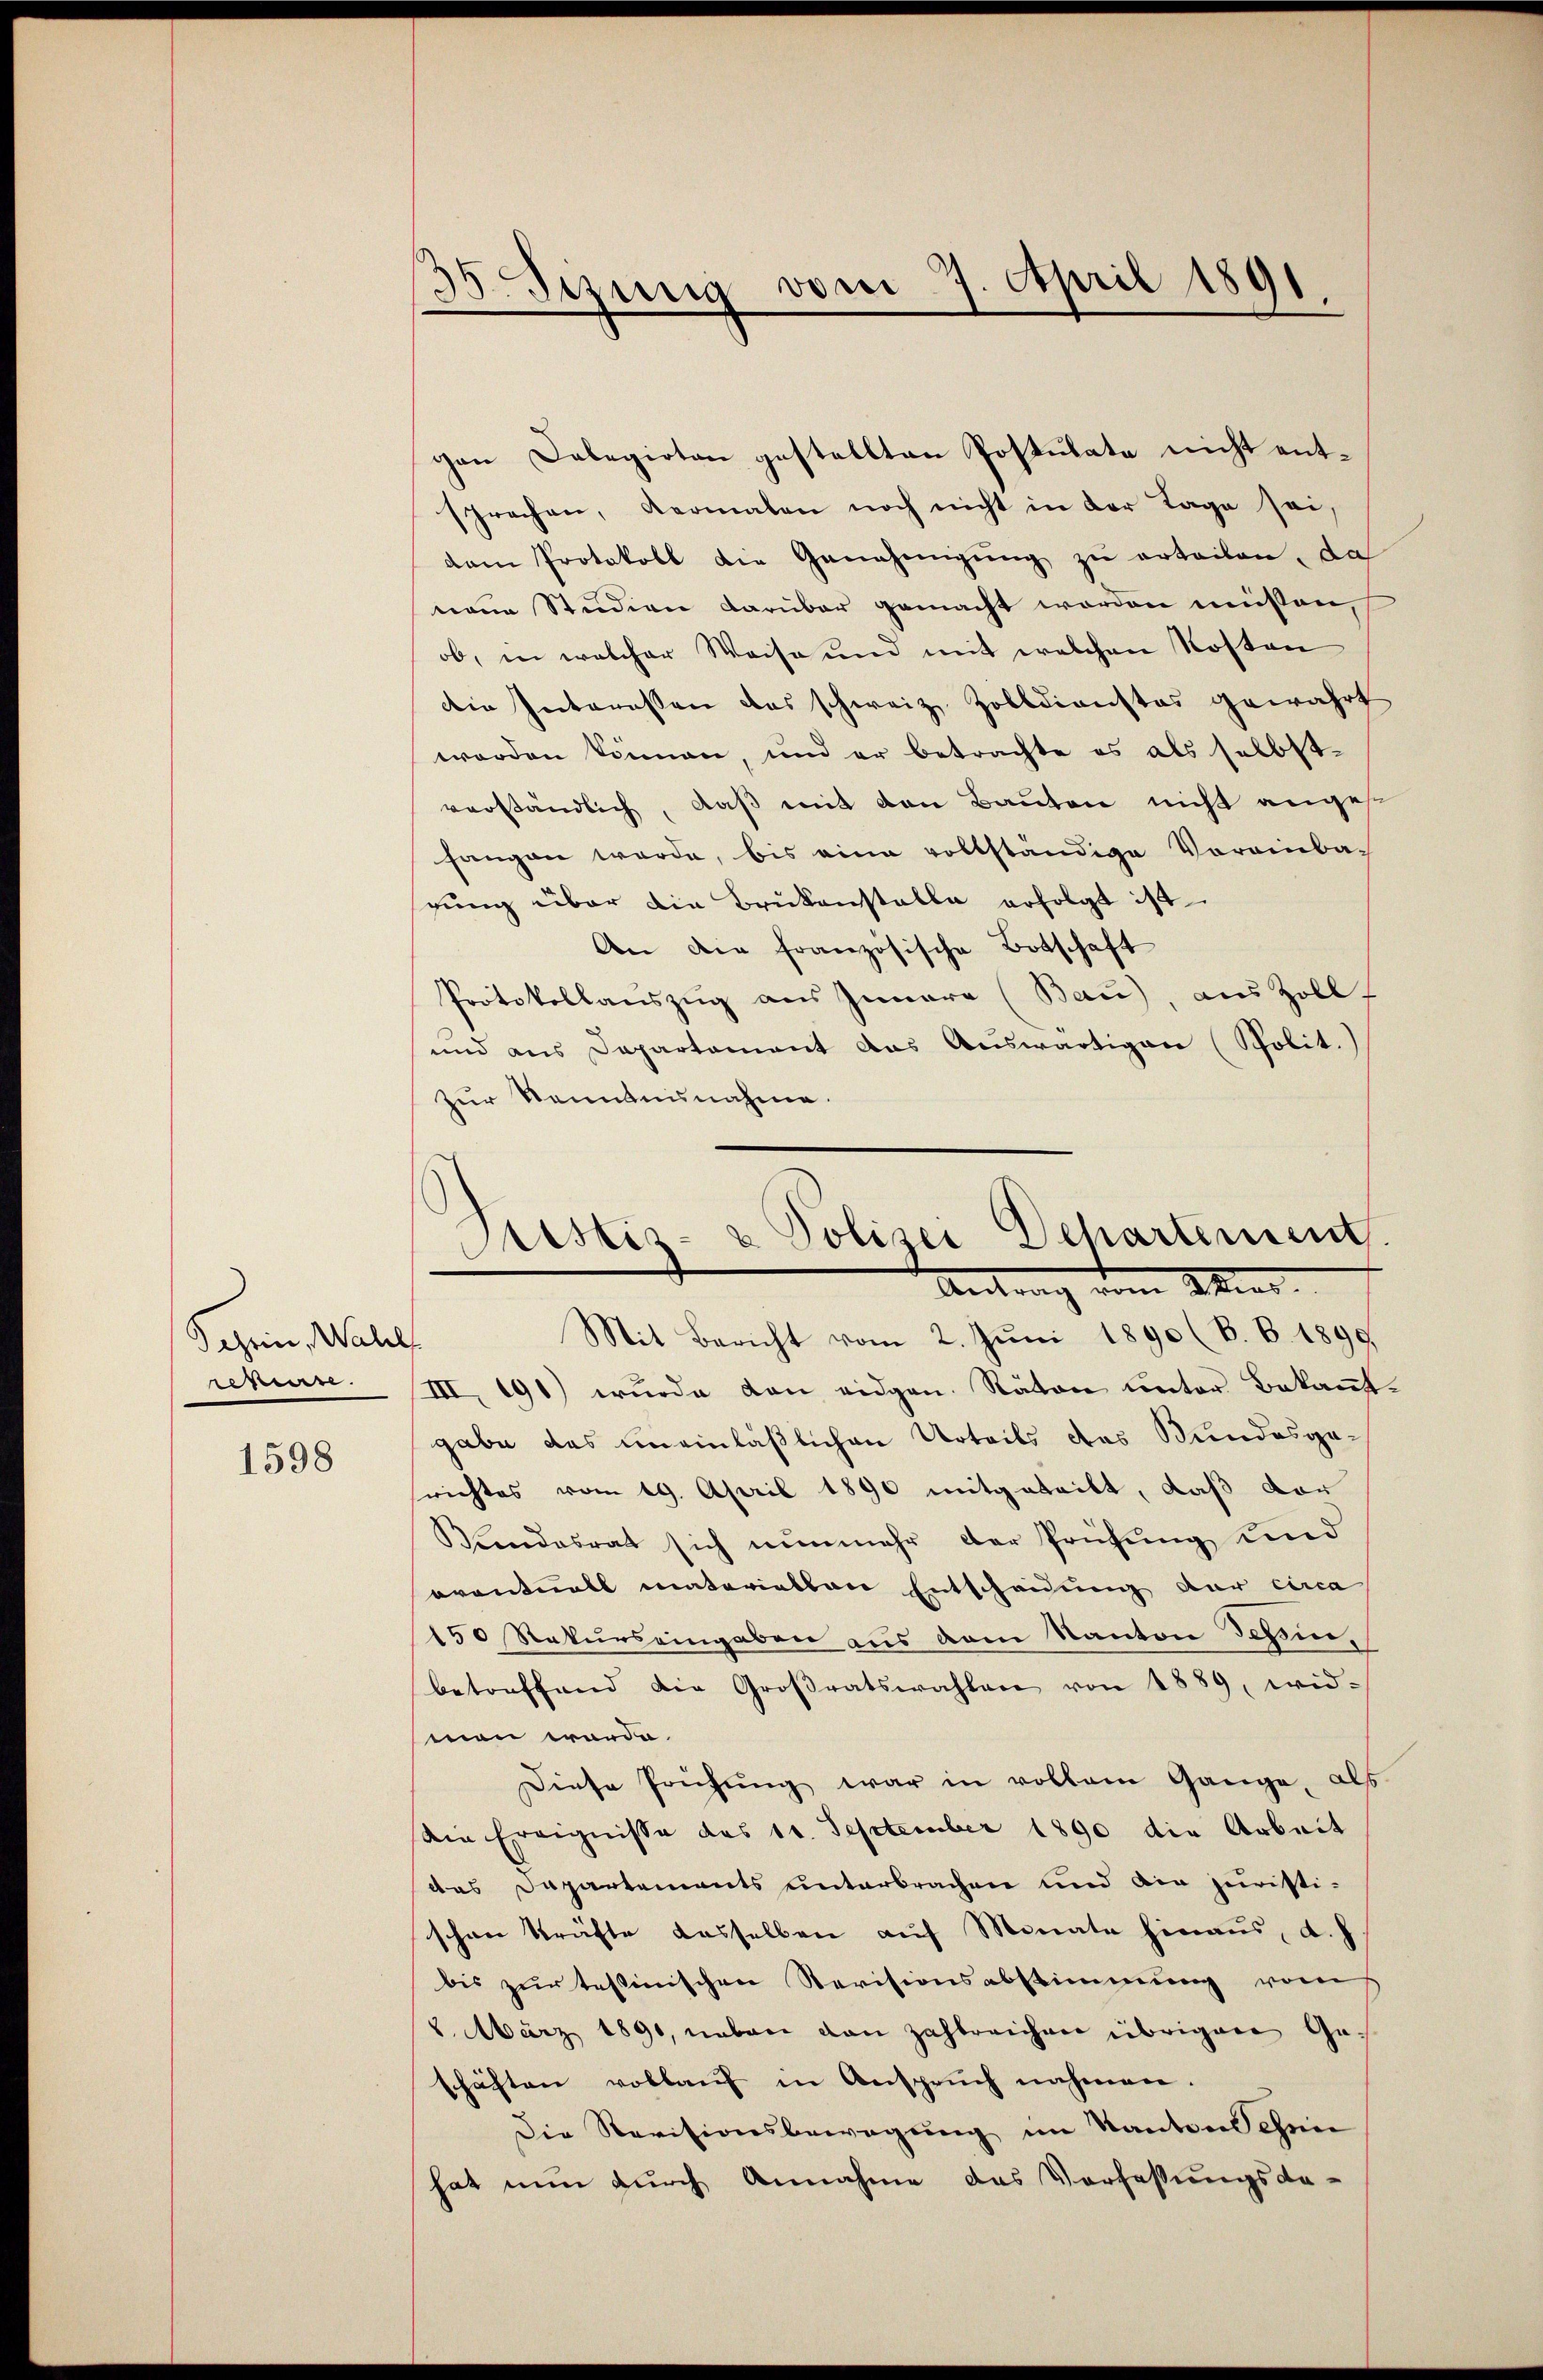
Schein, Wahl
rekurre

1598

3
Sizung vom 7. April 1891.

gen Delegirten gestellten Postulate nicht entsprechen, dermalen noch nicht in der Tage sei,
dam Protokoll die Genehmigung zu erteilen, da
neue Studien darüber gemacht worden müssen,
ob, in welcher Weise und mit welchen Kosten
die Interessen das schweiz. Zolldienstes gewährt
worden können, und er betrachte es als selbst-
verständlich, daß mit den Bauten nicht angese
fangen werde, bis eine vollständige Voreinbach
gŭng über die Brükenstalle erfolgt ist
An die französische Botschaft
Protokollauszug aus Innere (Bau), aus Zoll
und ans Departamant das Aŭswärtigen (Spolit.)
zur Kenntnisnahme.

Sistis- & Polizei Departement
Antrag vom Mind
Mit Bericht vom 2. Juni 1890 (B. B. 1899.

III 191) wurde dan eidgen. Räten unter Bekannt-
gabe das uneinläßlichen Urteils das Bundesge-
srichtes vom 19. April 1890 mitgeteilt, daß der
Siendesrat sich nunmehr der Prüfŭng und
oventuell materiethen Entscheidung der circa
150 Rekurs eingaben aus dem Kanton Schin,
betreffend die Großratswahlen von 1889 wid-
men worde.
Diese Prüfŭng war in vollem Gange, als
Die Ereignisse des 10. September 1890 die Arbeit
das Dapartements unterbrachen und die juristi-
schon Kräfte dasselben auf Monate hinaus, d. h.
bis zur testinischen Revisionsabstimmung vom
8. März 1890, neben von zahlreichen übrigen Geschäften vollaŭf in Ansprŭch nahmen.
Die Revisionsbewegung im Kantons chein
hat nun durch Annahme das Verfassungsda-